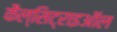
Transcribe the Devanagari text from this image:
कैल्सिट्राइऑल